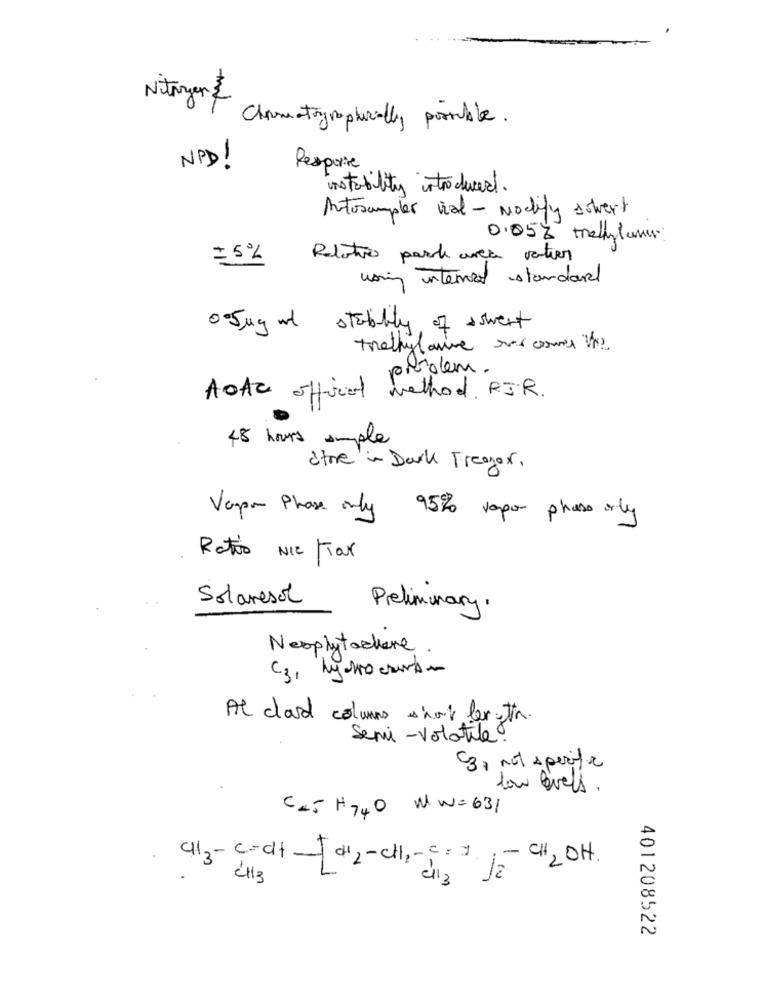
Nitrogen $
Chromatographorally possible.
NPD !
Response
instability introduced.
Autosampler vial - Nochly sowert
0.05% melylums
Relativo park avec vertier
using internet standard
0.5mg mt
stubbly of aswent
problem.
AOAC officiel method. RIR.
48 hours
imple
Store in Dark Trenger.
Vapor Phase only
95% vapor phase orly
Rotoo NIC /Tax
Solaresol
Preliminary.
Neophytachere.
C3, hydro courbe
At clara columns nor berta.
Semi- Volatile.
C3, not specifie
low Quels.
C45 H740 WW= 631
c/3-cadf -[ d12-CH ,- 5 3. JE- CH2OH.
CH3
401208522